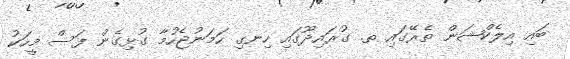
ބައި އިލެކްޝަން ތެރޭގައި ތ. ގުރައިދޫގައި ހިނގި ހަމަނުޖެހުމާ ގުޅިގެން ފަސް މީހަކު